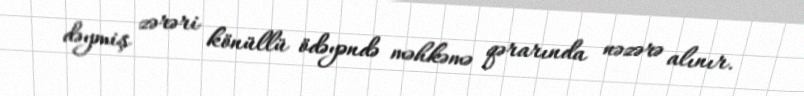
dəymiş zərəri könüllü ödəyəndə məhkəmə qərarında nəzərə alınır.